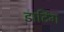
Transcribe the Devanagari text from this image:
डार्टिंग